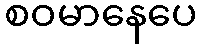
စဝမာနေပေ